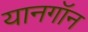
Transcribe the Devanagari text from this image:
यानगॉन